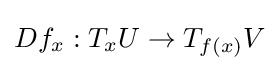
Df_{x}:T_{x}U\to T_{f(x)}V